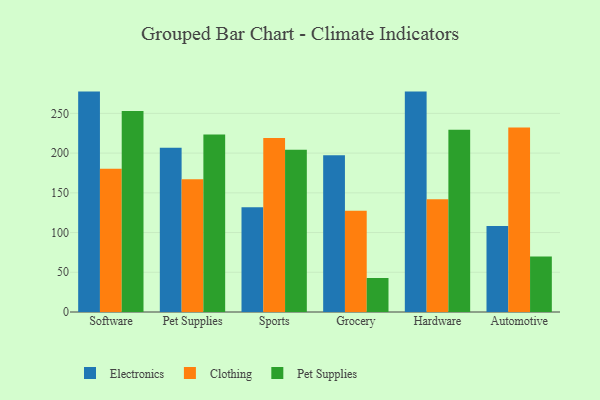
{"axis": {"x": "Category", "y": "Demand Index"}, "legend": ["Clothing", "Electronics", "Pet Supplies"], "data": [{"x": "Software", "y": 277.4, "type": "Electronics"}, {"x": "Software", "y": 180.2, "type": "Clothing"}, {"x": "Software", "y": 252.9, "type": "Pet Supplies"}, {"x": "Pet Supplies", "y": 206.6, "type": "Electronics"}, {"x": "Pet Supplies", "y": 167.0, "type": "Clothing"}, {"x": "Pet Supplies", "y": 223.5, "type": "Pet Supplies"}, {"x": "Sports", "y": 131.9, "type": "Electronics"}, {"x": "Sports", "y": 219.0, "type": "Clothing"}, {"x": "Sports", "y": 204.2, "type": "Pet Supplies"}, {"x": "Grocery", "y": 197.4, "type": "Electronics"}, {"x": "Grocery", "y": 127.3, "type": "Clothing"}, {"x": "Grocery", "y": 42.8, "type": "Pet Supplies"}, {"x": "Hardware", "y": 277.4, "type": "Electronics"}, {"x": "Hardware", "y": 142.0, "type": "Clothing"}, {"x": "Hardware", "y": 229.5, "type": "Pet Supplies"}, {"x": "Automotive", "y": 108.1, "type": "Electronics"}, {"x": "Automotive", "y": 232.2, "type": "Clothing"}, {"x": "Automotive", "y": 70.0, "type": "Pet Supplies"}]}